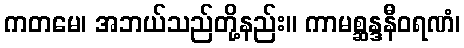
ကတမေ၊ အဘယ်သည်တို့နည်း။ ကာမစ္ဆန္ဒနီဝရဏံ၊